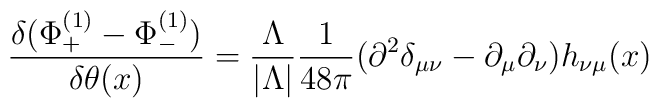
{\delta(\Phi_{+}^{(1)}-\Phi_{-}^{(1)})\over \delta \theta(x)}={\Lambda\over|\Lambda|} {1\over 48\pi}(\partial^2\delta_{\mu\nu}-\partial_{\mu}\partial_{\nu}) h_{\nu\mu}(x)